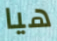
هيا